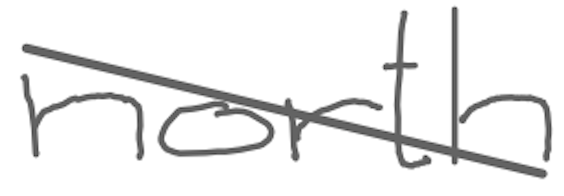
Text: north
Cross-out: diagonal
Writing tool: digital_gray